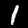
Digit: 1